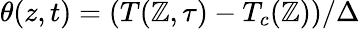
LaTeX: \theta(z,t)=(T(\mathbb{Z},\tau)-T_{c}(\mathbb{Z}))/\Delta